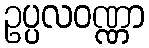
ဥပ္ပလဝဏ္ဏာ